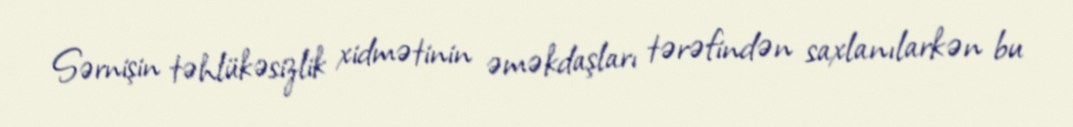
Sərnişin təhlükəsizlik xidmətinin əməkdaşları tərəfindən saxlanılarkən bu